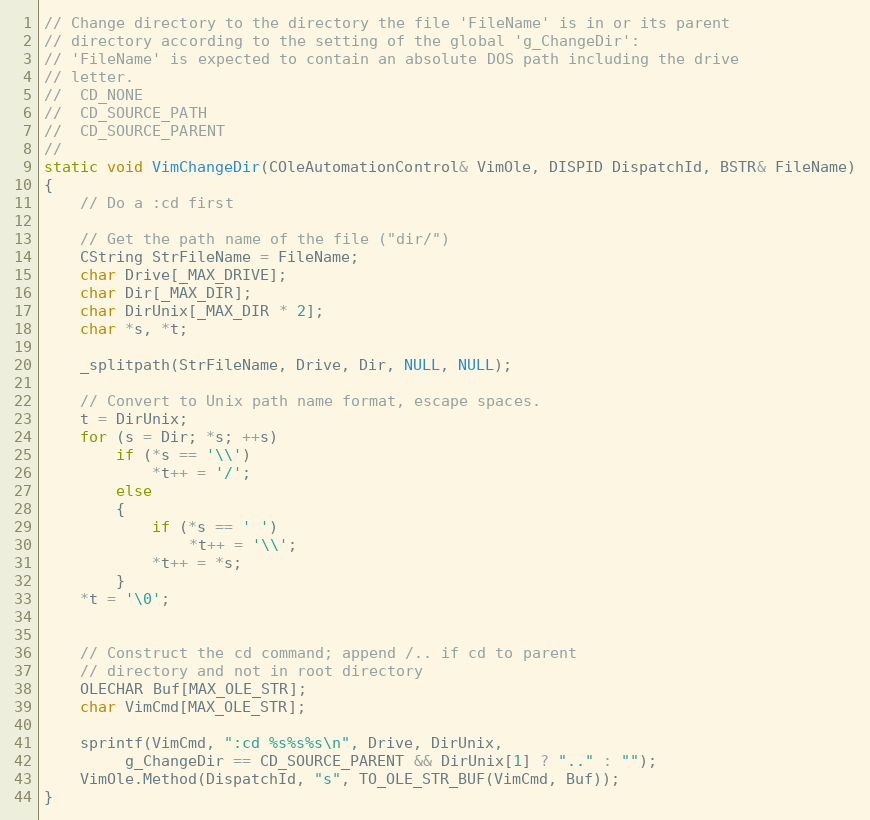
Language: C++
// Change directory to the directory the file 'FileName' is in or its parent
// directory according to the setting of the global 'g_ChangeDir':
// 'FileName' is expected to contain an absolute DOS path including the drive
// letter.
//	CD_NONE
//	CD_SOURCE_PATH
//	CD_SOURCE_PARENT
//
static void VimChangeDir(COleAutomationControl& VimOle, DISPID DispatchId, BSTR& FileName)
{
	// Do a :cd first

	// Get the path name of the file ("dir/")
	CString StrFileName = FileName;
	char Drive[_MAX_DRIVE];
	char Dir[_MAX_DIR];
	char DirUnix[_MAX_DIR * 2];
	char *s, *t;

	_splitpath(StrFileName, Drive, Dir, NULL, NULL);

	// Convert to Unix path name format, escape spaces.
	t = DirUnix;
	for (s = Dir; *s; ++s)
		if (*s == '\\')
			*t++ = '/';
		else
		{
			if (*s == ' ')
				*t++ = '\\';
			*t++ = *s;
		}
	*t = '\0';

	// Construct the cd command; append /.. if cd to parent
	// directory and not in root directory
	OLECHAR Buf[MAX_OLE_STR];
	char VimCmd[MAX_OLE_STR];

	sprintf(VimCmd, ":cd %s%s%s\n", Drive, DirUnix,
		 g_ChangeDir == CD_SOURCE_PARENT && DirUnix[1] ? ".." : "");
	VimOle.Method(DispatchId, "s", TO_OLE_STR_BUF(VimCmd, Buf));
}